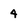
Character: 4